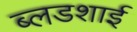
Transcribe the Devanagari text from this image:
ब्लडशाई